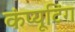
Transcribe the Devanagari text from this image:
कंप्‍यूटिंग